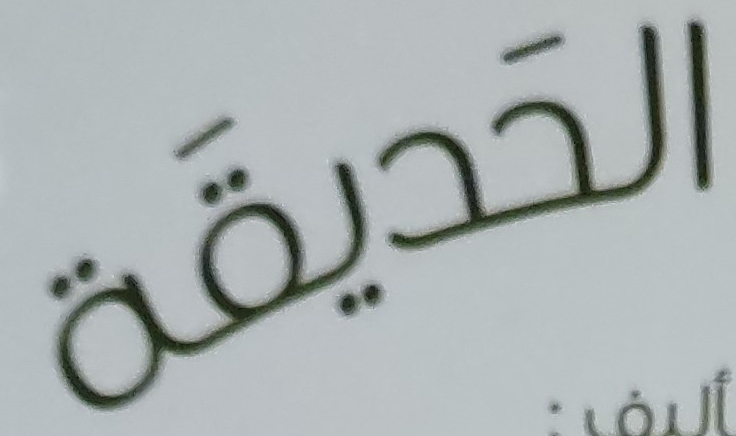
الحديقة